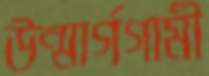
উন্মার্গগামী